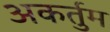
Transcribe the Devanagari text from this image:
अकर्तुम